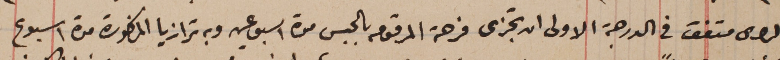
والراى متفق في الدرجة الاولى ان تجزى فرحة المرقومه بالحبس مدة اسبوعين وبه ترازيا المذكورة مدة اسبوع